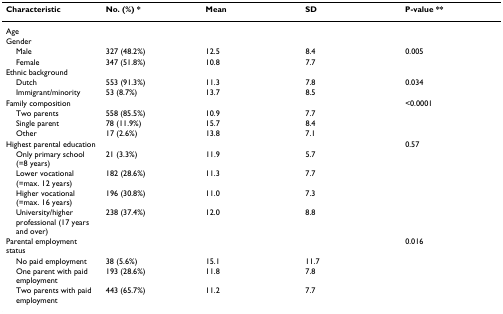
<table><thead><tr><td><b>Characteristic</b></td><td><b>No. (%) *</b></td><td><b>Mean</b></td><td><b>SD</b></td><td><b>P-value **</b></td></tr></thead><tbody><tr><td>Age</td><td></td><td></td><td></td><td></td></tr><tr><td>Gender</td><td></td><td></td><td></td><td></td></tr><tr><td> Male</td><td>327 (48.2%)</td><td>12.5</td><td>8.4</td><td>0.005</td></tr><tr><td> Female</td><td>347 (51.8%)</td><td>10.8</td><td>7.7</td><td></td></tr><tr><td>Ethnic background</td><td></td><td></td><td></td><td></td></tr><tr><td> Dutch</td><td>553 (91.3%)</td><td>11.3</td><td>7.8</td><td>0.034</td></tr><tr><td> Immigrant/minority</td><td>53 (8.7%)</td><td>13.7</td><td>8.5</td><td></td></tr><tr><td>Family composition</td><td></td><td></td><td></td><td>&lt;0.0001</td></tr><tr><td> Two parents</td><td>558 (85.5%)</td><td>10.9</td><td>7.7</td><td></td></tr><tr><td> Single parent</td><td>78 (11.9%)</td><td>15.7</td><td>8.4</td><td></td></tr><tr><td> Other</td><td>17 (2.6%)</td><td>13.8</td><td>7.1</td><td></td></tr><tr><td>Highest parental education</td><td></td><td></td><td></td><td>0.57</td></tr><tr><td> Only primary school (=8 years)</td><td>21 (3.3%)</td><td>11.9</td><td>5.7</td><td></td></tr><tr><td> Lower vocational (=max. 12 years)</td><td>182 (28.6%)</td><td>11.3</td><td>7.7</td><td></td></tr><tr><td> Higher vocational (=max. 16 years)</td><td>196 (30.8%)</td><td>11.0</td><td>7.3</td><td></td></tr><tr><td> University/higher professional (17 years and over)</td><td>238 (37.4%)</td><td>12.0</td><td>8.8</td><td></td></tr><tr><td>Parental employment status</td><td></td><td></td><td></td><td>0.016</td></tr><tr><td> No paid employment</td><td>38 (5.6%)</td><td>15.1</td><td>11.7</td><td></td></tr><tr><td> One parent with paid employment</td><td>193 (28.6%)</td><td>11.8</td><td>7.8</td><td></td></tr><tr><td> Two parents with paid employment</td><td>443 (65.7%)</td><td>11.2</td><td>7.7</td><td></td></tr></tbody></table>